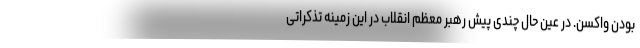
بودن واکسن. در عین حال چندی پیش رهبر معظم انقلاب در این زمینه تذکراتی